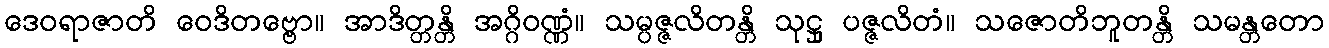
ဒေဝရာဇာတိ ဝေဒိတဗ္ဗော။ အာဒိတ္တန္တိ အဂ္ဂိဝဏ္ဏံ။ သမ္ပဇ္ဇလိတန္တိ သုဋ္ဌု ပဇ္ဇလိတံ။ သဇောတိဘူတန္တိ သမန္တတော